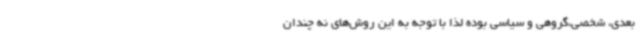
بعدی، شخصی،گروهی و سیاسی بوده لذا با توجه به این روش‌های نه چندان